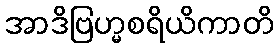
အာဒိဗြဟ္မစရိယိကာတိ